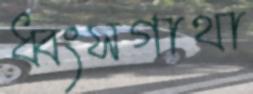
ধ্বংসগাথা